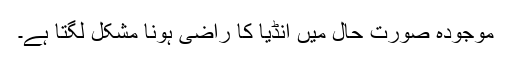
موجودہ صورتِ حال میں انڈیا کا راضی ہونا مشکل لگتا ہے۔